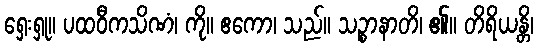
ရှေးရှု။ ပထဝီကသိဏံ၊ ကို။ ဧကော၊ သည်။ သဉ္စာနာတိ၊ ၏။ တိရိယန္တိ၊